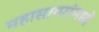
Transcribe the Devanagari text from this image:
महासागरांमध्ये